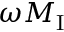
\omega M _ { \mathrm { I } }